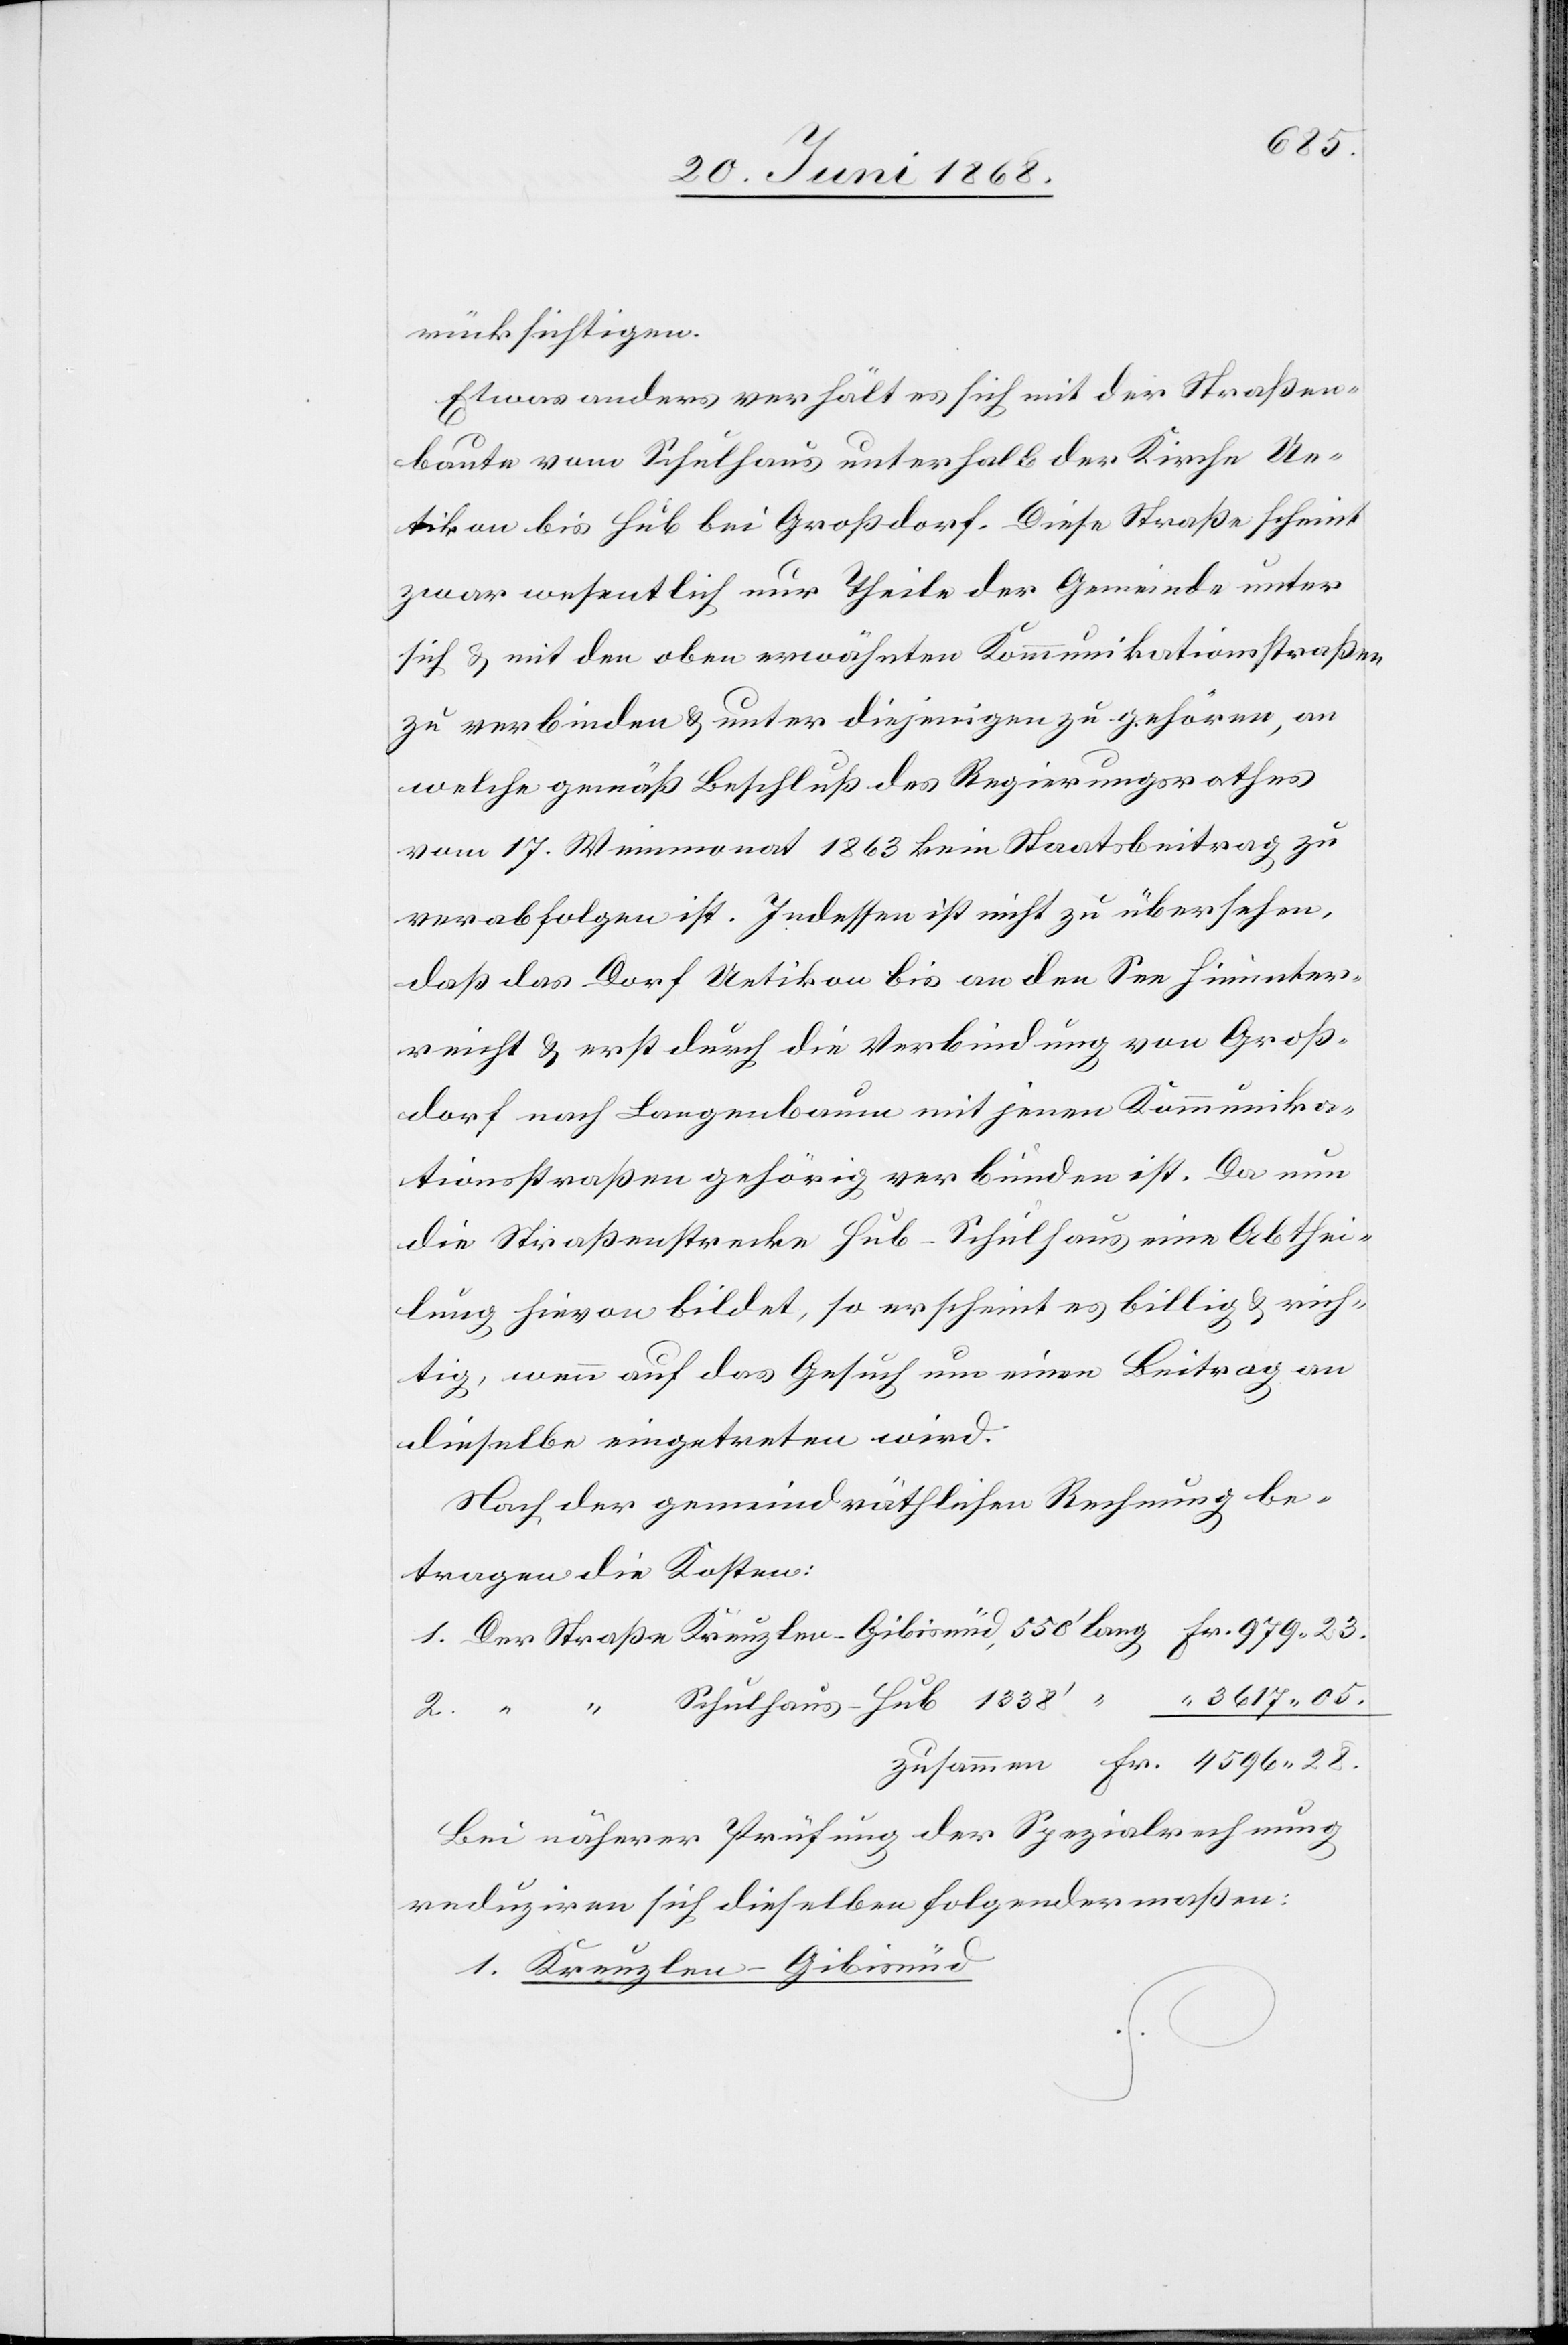
05.
rücksichtigen.
Etwas anders verhält es sich mit der Straßen¬
baute vom Schulhaus unterhalb der Kirche Ue¬
tikon bis Hub bei Großdorf. Diese Straße scheint
zwar wesentlich nur Theile der Gemeinde unter
sich & mit den oben erwähnten Kommunikationsstraßen
zu verbinden & unter diejenigen zu gehören, an
welche gemäß Beschluß des Regierungsrathes
vom 17. Weinmonat 1863 kein Staatsbeitrag zu
verabfolgen ist. Indessen ist nicht zu übersehen,
daß das Dorf Uetikon bis an den See hinunter¬
reicht & erst durch die Verbindung von Groß¬
dorf nach Langenbaum mit jenen Kommunika¬
tionsstraßen gehörig verbunden ist. Da nun
die Straßenstrecke Hub-Schulhaus eine Abthei¬
lung hievon bildet, so erscheint es billig & rich¬
tig, wenn auf das Gesuch um einen Beitrag an
dieselbe eingetreten wird.
Nach der gemeindräthlichen Rechnung be¬
tragen die Kosten:
Bei näherer Prüfung der Spezialrechnung
reduziren sich dieselben folgendermaßen:
1. Kreuzlen-Gibisnüd